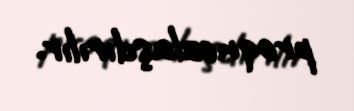
proqnozlaşdırılır.